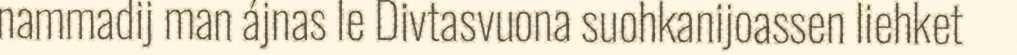
nammadij man ájnas le Divtasvuona suohkanijoassen liehket